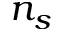
n _ { s }